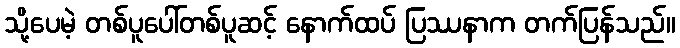
သို့ပေမဲ့ တစ်ပူပေါ်တစ်ပူဆင့် နောက်ထပ် ပြဿနာက တက်ပြန်သည်။